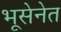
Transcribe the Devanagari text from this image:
भूसेनेत